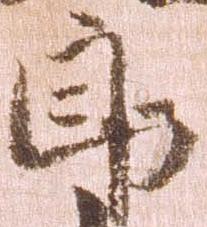
郎